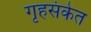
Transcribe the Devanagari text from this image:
गृहसंकेत